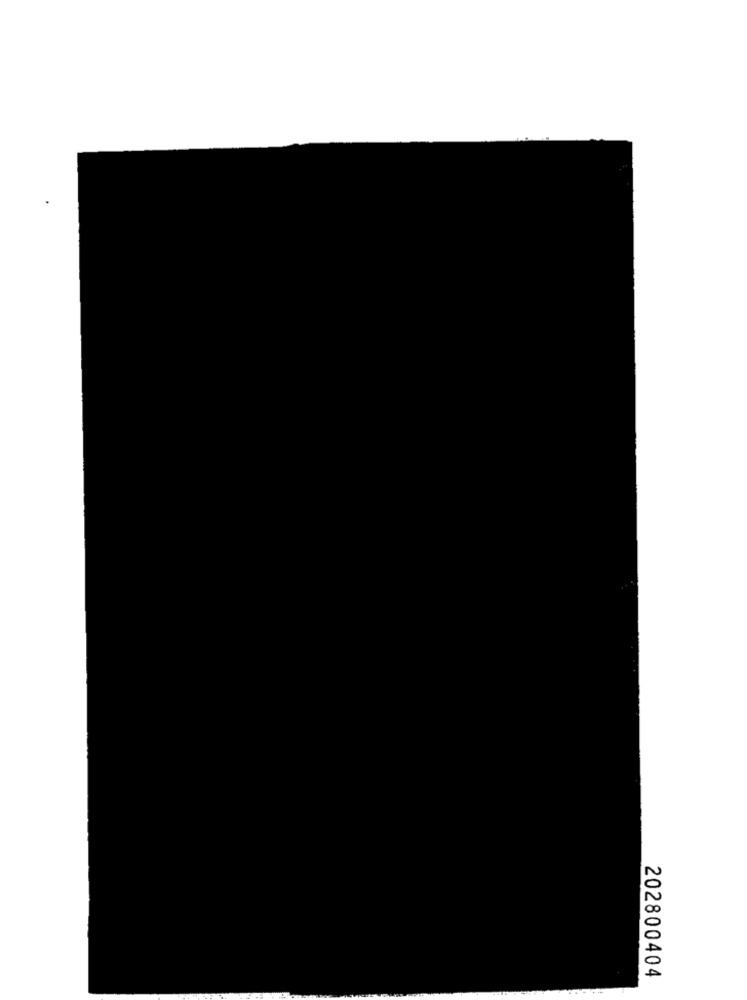
202800404